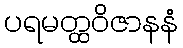
ပရမတ္ထဝိဇာနနံ